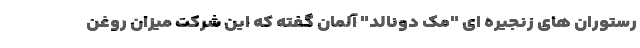
رستوران های زنجیره ای "مک ‌دونالد" آلمان گفته که این شرکت میزان روغن